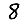
Digit: 8